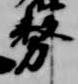
務